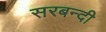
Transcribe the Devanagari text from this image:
सरबन्दी